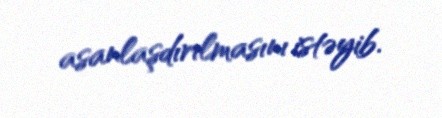
asanlaşdırılmasını istəyib.